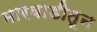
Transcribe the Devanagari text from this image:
मारवाडीतून